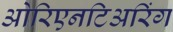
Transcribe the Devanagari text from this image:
ओरिएनटिअरिंग